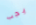
يجب